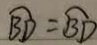
\widehat { B D } = \widehat { B D }